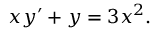
x y ^ { \prime } + y = 3 x ^ { 2 } .